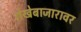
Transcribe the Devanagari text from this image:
रोखेबाजारावर